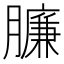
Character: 臁